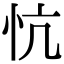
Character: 忼